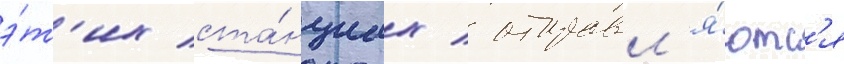
э́т'их ста́нциах / отправл'я́ютс'я